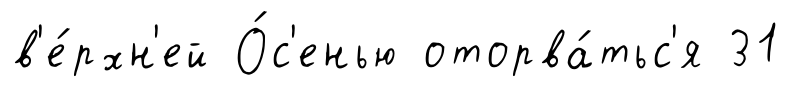
в'е́рхн'ей О́с'енью оторва́тьс'я 31